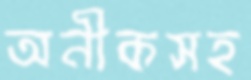
অনীকসহ